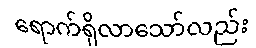
ရောက်ရှိလာသော်လည်း